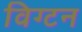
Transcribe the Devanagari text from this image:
विग्टन